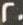
20